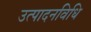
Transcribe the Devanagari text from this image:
उत्पादनविधि